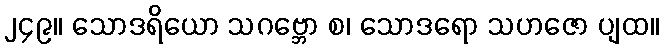
၂၄၉။ သောဒရိယော သဂဗ္ဘော စ၊ သောဒရော သဟဇော ပျထ။